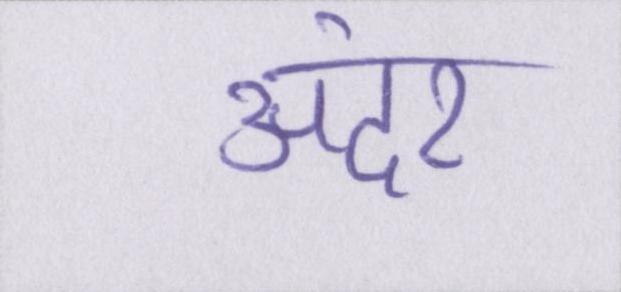
अंदर